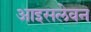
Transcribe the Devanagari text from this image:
आइसलेवन